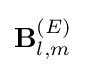
\mathbf {B} _{l,m}^{(E)}